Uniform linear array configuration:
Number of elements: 4
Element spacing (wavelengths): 0.75
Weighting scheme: exponential
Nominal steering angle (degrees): -45
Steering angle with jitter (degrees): -46.699
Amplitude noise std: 0.05
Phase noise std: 0.05

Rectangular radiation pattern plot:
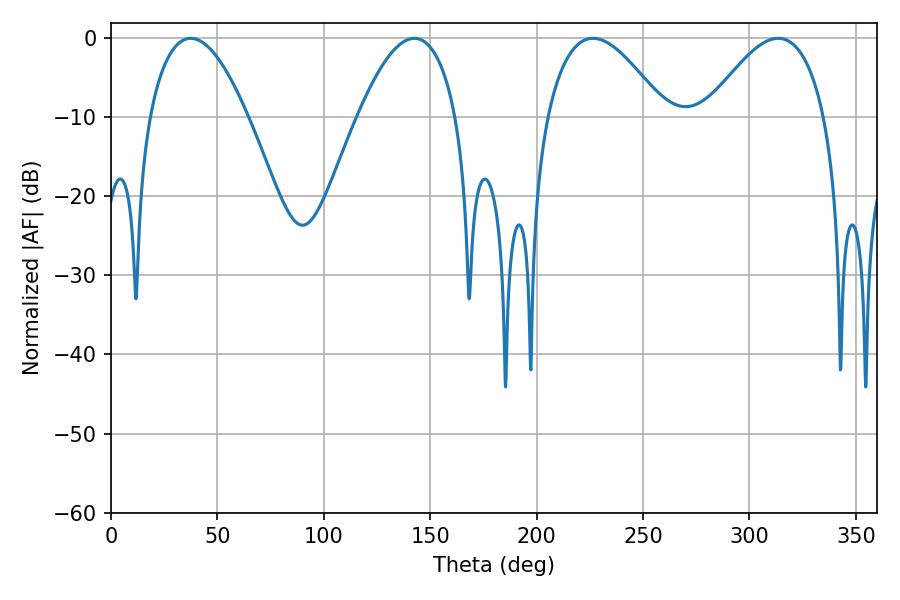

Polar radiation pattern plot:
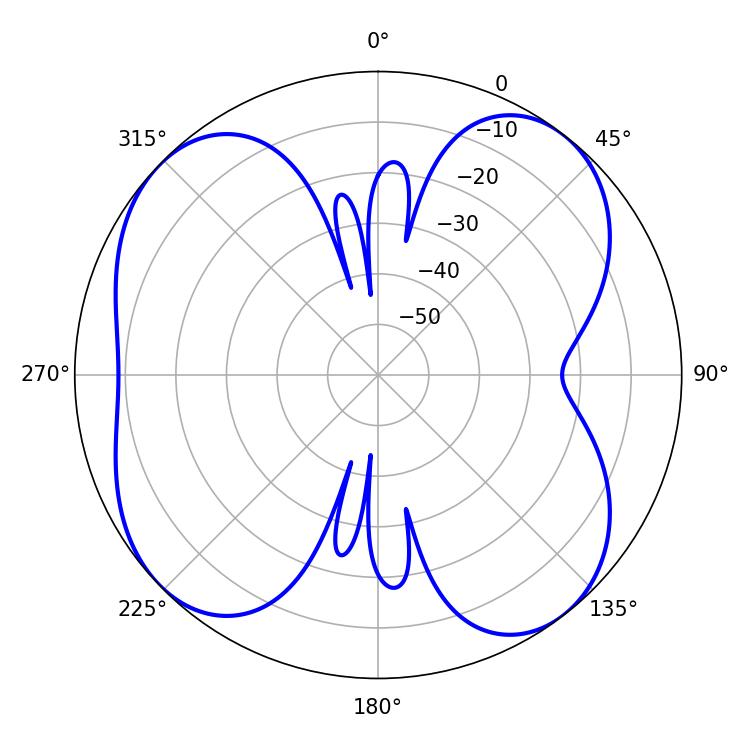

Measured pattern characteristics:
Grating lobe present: TRUE
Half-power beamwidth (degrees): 25.56
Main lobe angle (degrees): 37.44